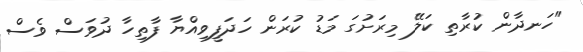
"ހަނދާން ކުރާތި ކަލޭ މިރަށުގަ މަޑު ކުރަން ހަދަފީވިއްޔާ ފާތިހާ ދުވަސް ވެސް